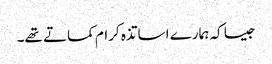
جیسا کہ ہمارے اساتذہ کرام کماتے تھے۔